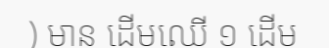
) មាន ដើមឈើ ១ ដើម